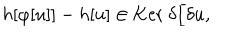
h [ \varphi [ u ] ] - h [ u ] \in \mathrm { K e r ~ } \delta / \delta u ,